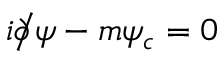
i { \partial \! \! \! { \big / } } \psi - m \psi _ { c } = 0